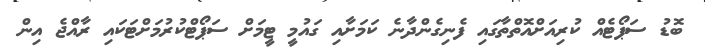
ބޮޑު ސަޕޯޓެއް ކުރިއަށްއޮތްތާގައި ފެނިގެންދާނެ ކަމަށާއި ގައުމީ ޓީމަށް ސަޕޯޓްކުރުމަށްޓަކައި ރާއްޖެ އިން